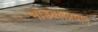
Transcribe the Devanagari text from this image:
भांडवलप्रधान